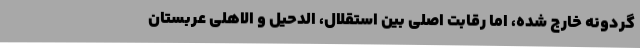
گردونه خارج شده، اما رقابت اصلی بین استقلال، الدحیل و الاهلی عربستان